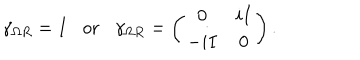
\gamma _ { \Omega R } = I \mathrm { o r } \gamma _ { \Omega R } = \left( \begin{array} { c c } { { 0 } } & { { i I } } \\ { { - i I } } & { { 0 } } \\ \end{array} \right) .